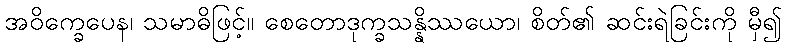
အဝိက္ခေပေန၊ သမာဓိဖြင့်။ စေတောဒုက္ခသန္နိဿယော၊ စိတ်၏ ဆင်းရဲခြင်းကို မှီ၍